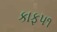
કાફ૫૧